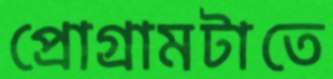
প্রোগ্রামটাতে